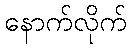
နောက်လိုက်